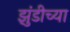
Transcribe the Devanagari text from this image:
झुंडीच्या